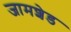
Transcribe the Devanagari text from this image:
जामशेड